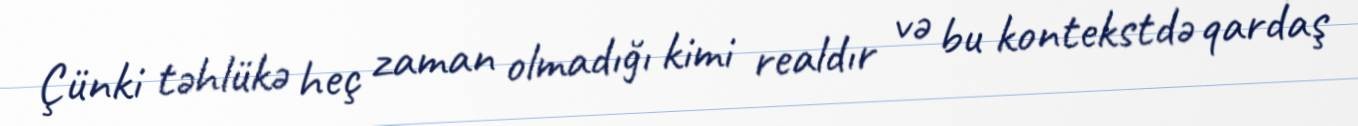
Çünki təhlükə heç zaman olmadığı kimi realdır və bu kontekstdə qardaş